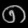
Digit: ၈